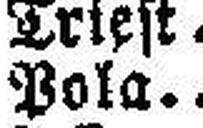
Pola